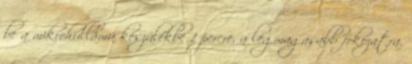
be a mikrohullámú készülékbe 1 percre, a legmagasabb fokozatra.